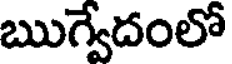
ఋగ్వేదంలో